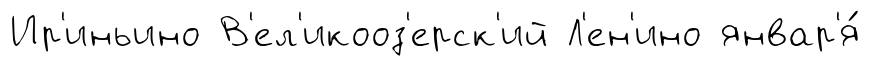
Ир'иньино В'ел'икооз'ерск'ий Л'ен'ино январ'я́